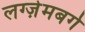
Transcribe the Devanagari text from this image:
लग्ज़ेमबर्ग